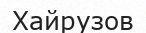
Хайрузов